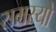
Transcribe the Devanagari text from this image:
समस्यो